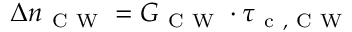
\Delta n _ { \mathrm { ~ C ~ W ~ } } = G _ { \mathrm { ~ C ~ W ~ } } \cdot \tau _ { \mathrm { ~ c ~ , ~ C ~ W ~ } }